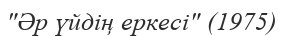
"Әр үйдің еркесі" (1975)